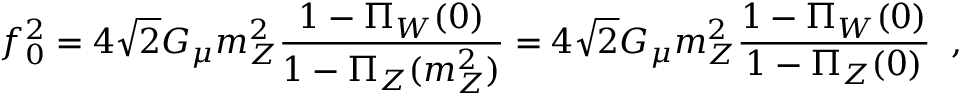
f _ { 0 } ^ { 2 } = 4 \sqrt { 2 } G _ { \mu } m _ { Z } ^ { 2 } \frac { 1 - \Pi _ { W } ( 0 ) } { 1 - \Pi _ { Z } ( m _ { Z } ^ { 2 } ) } = 4 \sqrt { 2 } G _ { \mu } m _ { Z } ^ { 2 } \frac { 1 - \Pi _ { W } ( 0 ) } { 1 - \Pi _ { Z } ( 0 ) } \; \; ,